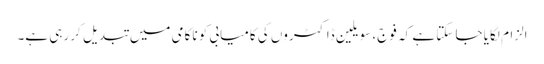
الزام لگایا جا سکتا ہے کہ فوج، سویلین ڈاکٹروں کی کامیابی کو ناکامی میں تبدیل کر رہی ہے۔